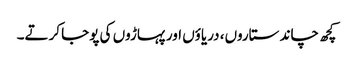
کچھ چاند ستاروں، دریاؤں اور پہاڑوں کی پوجا کرتے۔